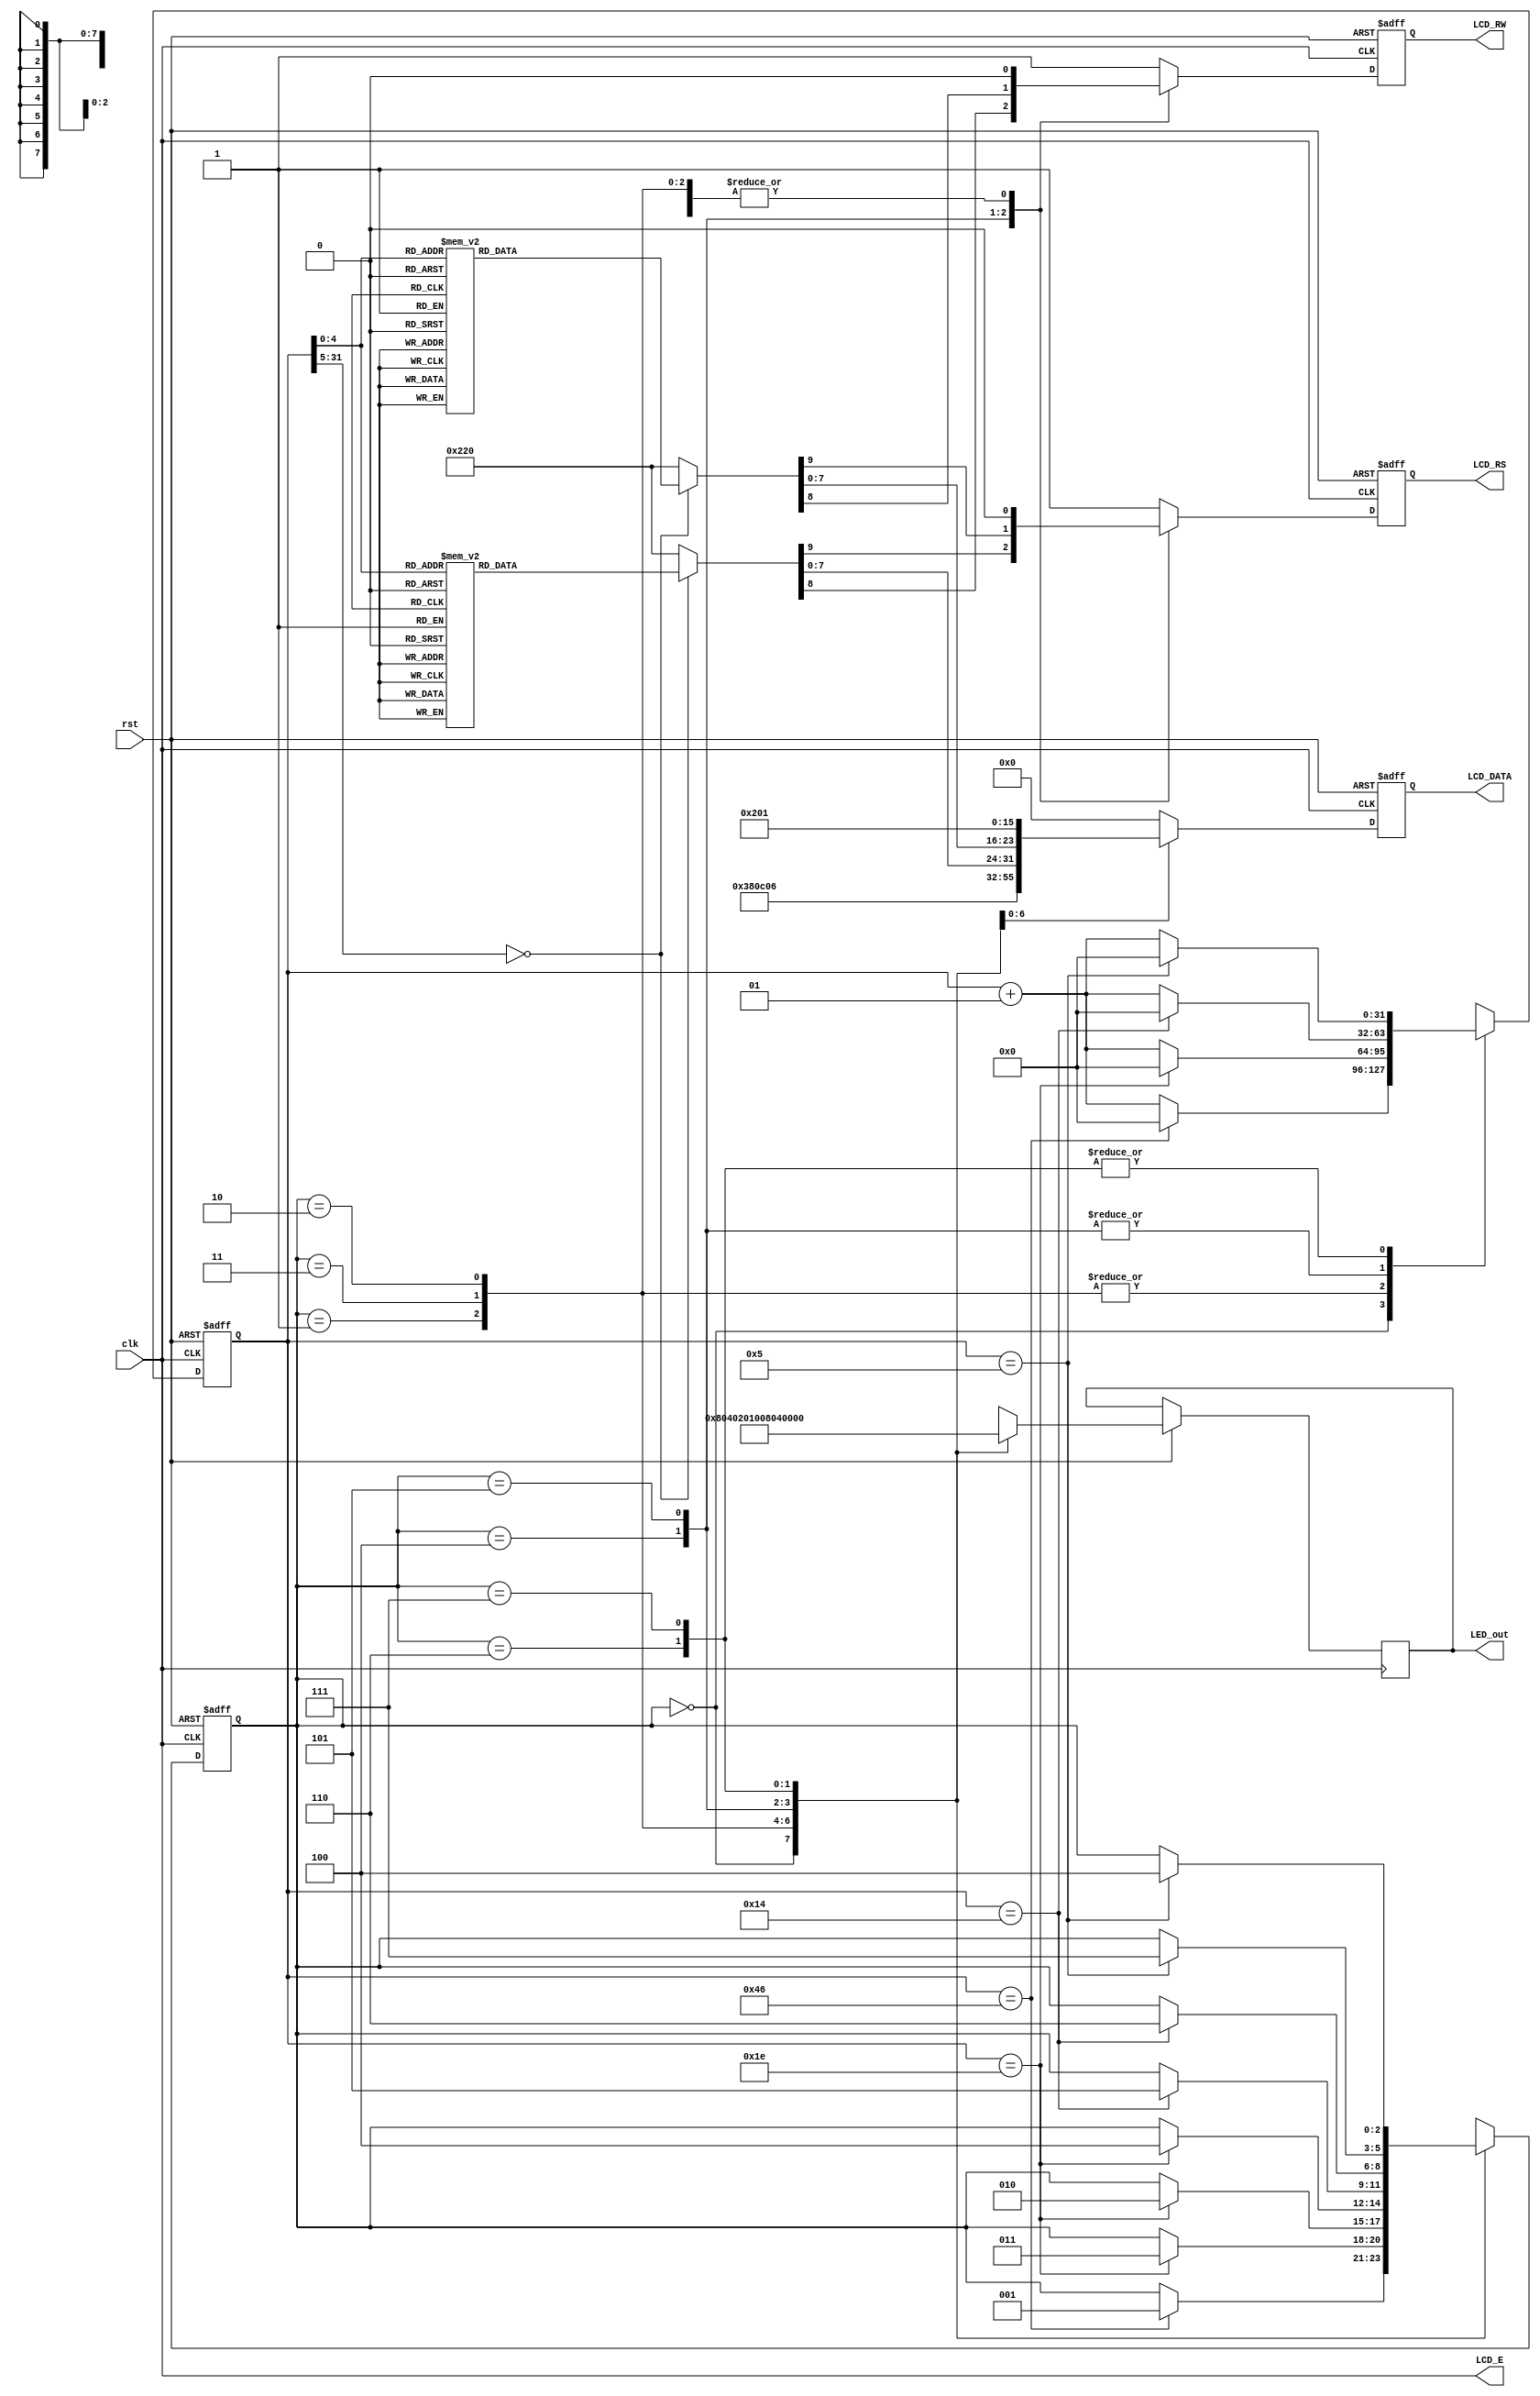
module text_LCD_basic(rst, clk, LCD_E, LCD_RS, LCD_RW, LCD_DATA, LED_out);

input rst, clk;

output LCD_E, LCD_RS, LCD_RW;
output reg[7:0] LCD_DATA;
output reg[7:0] LED_out;

wire LCD_E;
reg LCD_RS, LCD_RW;

reg [2:0] state;
parameter DELAY = 3'b000;
parameter FUNCTION_SET = 3'b001;
parameter ENTRY_MODE   = 3'b010;
parameter DISP_ONOFF   = 3'b011;
parameter LINE1        = 3'b100;
parameter LINE2        = 3'b101; 
parameter DELAY_T      = 3'b110; 
parameter CLEAR_DISP   = 3'b111;
          
integer cnt;
//integer n;

always @(posedge clk or negedge rst)
begin
    if(!rst)
        {state, cnt} = {DELAY, 0};
       
    else begin
        case(state)
            DELAY : begin
                LED_out = 8'b1000_0000;
                if(cnt == 70) {state, cnt} = {FUNCTION_SET, 0};
                else cnt = cnt + 1;
            end
            FUNCTION_SET : begin
                LED_out = 8'b0100_0000;
                if(cnt == 30) {state, cnt} = {DISP_ONOFF, 0};
                else cnt = cnt + 1;
            end
            DISP_ONOFF : begin
                LED_out = 8'b0010_0000;
                if(cnt == 30) {state, cnt} = {ENTRY_MODE, 0};
                else cnt = cnt + 1;
            end
            ENTRY_MODE : begin
                LED_out = 8'b0001_0000;
                if(cnt == 30) {state, cnt} = {LINE1, 0};
                else cnt = cnt + 1;
            end
            LINE1 : begin
                LED_out = 8'b0000_1000;
                if(cnt == 20) {state, cnt} = {LINE2, 0};
                else cnt = cnt + 1;
            end
            LINE2 : begin
                LED_out = 8'b0000_0100;
                if(cnt == 20) {state, cnt} = {DELAY_T, 0};
                else cnt = cnt + 1;
            end
            DELAY_T : begin
                LED_out = 8'b0000_0010;
                if(cnt == 5) {state, cnt} = {CLEAR_DISP, 0};
                else cnt = cnt + 1;
            end
            CLEAR_DISP : begin
                LED_out = 8'b0000_0001;
                if(cnt == 5) {state, cnt} = {LINE1, 0};
                else cnt = cnt + 1;
            end
            default : state = DELAY;
         endcase
     end
  end
  
//  always @(posedge clk or negedge rst)
//  begin
//    if(!rst)
//        cnt = 0;
//    else begin
//        case(state)
//            DELAY : 
//                if(cnt >= 70) cnt = 0;
//                else cnt = cnt + 1;
//            FUNCTION_SET : 
//                if(cnt >= 30) cnt = 0;
//                else cnt = cnt + 1;    
//            DISP_ONOFF : 
//                if(cnt >= 30) cnt = 0;
//                else cnt = cnt + 1;
//            ENTRY_MODE : 
//                if(cnt >= 30) cnt = 0;
//                else cnt = cnt + 1;    
//            LINE1 : 
//                if(cnt >= 20) cnt = 0;
//                else cnt = cnt + 1;
//            LINE2 : 
//                if(cnt >= 20) cnt = 0;
//                else cnt = cnt + 1;
//            DELAY_T : 
//                if(cnt >= 5) cnt = 0;
//                else cnt = cnt + 1;
//            CLEAR_DISP : 
//                if(cnt >= 5) cnt = 0;
//                else cnt = cnt + 1;
//            default : state = DELAY;
//         endcase
//      end
//   end
   
always @(posedge clk or negedge rst)
begin
    if(!rst)
        {LCD_RS, LCD_RW, LCD_DATA} = 10'b1_1_00000000;
    else begin
        case(state)
            FUNCTION_SET : 
                {LCD_RS, LCD_RW, LCD_DATA} = 10'b0_0_0011_1000;
            DISP_ONOFF :
                {LCD_RS, LCD_RW, LCD_DATA} = 10'b0_0_0000_1100;
            ENTRY_MODE :
                {LCD_RS, LCD_RW, LCD_DATA} = 10'b0_0_0000_0110;
                
            LINE1 :
                begin
                    case(cnt)
            00 : {LCD_RS, LCD_RW, LCD_DATA} = 10'b0_0_1000_0011;           
            01 : {LCD_RS, LCD_RW, LCD_DATA} = 10'b1_0_0010_0000;
            02 : {LCD_RS, LCD_RW, LCD_DATA} = 10'b1_0_0100_1000; // H
            03 : {LCD_RS, LCD_RW, LCD_DATA} = 10'b1_0_0100_0101; // E
            04 : {LCD_RS, LCD_RW, LCD_DATA} = 10'b1_0_0100_1100; // L
            05 : {LCD_RS, LCD_RW, LCD_DATA} = 10'b1_0_0100_1100; // L
            06 : {LCD_RS, LCD_RW, LCD_DATA} = 10'b1_0_0100_1111; // O
            07 : {LCD_RS, LCD_RW, LCD_DATA} = 10'b1_0_0010_0000;
            08 : {LCD_RS, LCD_RW, LCD_DATA} = 10'b1_0_0101_0111; // W
            09 : {LCD_RS, LCD_RW, LCD_DATA} = 10'b1_0_0100_1111; // O
            10 : {LCD_RS, LCD_RW, LCD_DATA} = 10'b1_0_0101_0010; // R
            11 : {LCD_RS, LCD_RW, LCD_DATA} = 10'b1_0_0100_1100; // L
            12 : {LCD_RS, LCD_RW, LCD_DATA} = 10'b1_0_0100_0100; // D
            13 : {LCD_RS, LCD_RW, LCD_DATA} = 10'b1_0_0010_0001; // !
            14 : {LCD_RS, LCD_RW, LCD_DATA} = 10'b1_0_0010_0000;
            15 : {LCD_RS, LCD_RW, LCD_DATA} = 10'b1_0_0010_0000;
            16 : {LCD_RS, LCD_RW, LCD_DATA} = 10'b1_0_0010_0000;
            default : {LCD_RS, LCD_RW, LCD_DATA} = 10'b1_0_0010_0000;
         endcase
     end
     
            LINE2 :
            begin
                    case(cnt)
            00 : {LCD_RS, LCD_RW, LCD_DATA} = 10'b0_0_1100_0011;
            01 : {LCD_RS, LCD_RW, LCD_DATA} = 10'b1_0_0011_0010; // 2
            02 : {LCD_RS, LCD_RW, LCD_DATA} = 10'b1_0_0011_0000; // 0
            03 : {LCD_RS, LCD_RW, LCD_DATA} = 10'b1_0_0011_0010; // 2
            04 : {LCD_RS, LCD_RW, LCD_DATA} = 10'b1_0_0011_0000; // 0
            05 : {LCD_RS, LCD_RW, LCD_DATA} = 10'b1_0_0011_0100; // 4
            06 : {LCD_RS, LCD_RW, LCD_DATA} = 10'b1_0_0011_0100; // 4
            07 : {LCD_RS, LCD_RW, LCD_DATA} = 10'b1_0_0011_0000; // 0
            08 : {LCD_RS, LCD_RW, LCD_DATA} = 10'b1_0_0011_0000; // 0
            09 : {LCD_RS, LCD_RW, LCD_DATA} = 10'b1_0_0011_0011; // 3
            10 : {LCD_RS, LCD_RW, LCD_DATA} = 10'b1_0_0011_0010; // 2
            11 : {LCD_RS, LCD_RW, LCD_DATA} = 10'b1_0_0010_0000;
            12 : {LCD_RS, LCD_RW, LCD_DATA} = 10'b1_0_0010_0000;
            13 : {LCD_RS, LCD_RW, LCD_DATA} = 10'b1_0_0100_1011; // K
            14 : {LCD_RS, LCD_RW, LCD_DATA} = 10'b1_0_0100_1010; // J
            15 : {LCD_RS, LCD_RW, LCD_DATA} = 10'b1_0_0101_0111; // W
            16 : {LCD_RS, LCD_RW, LCD_DATA} = 10'b1_0_0010_0000;
            default : {LCD_RS, LCD_RW, LCD_DATA} = 10'b1_0_0010_0000;
         endcase
     end
            
            DELAY_T : 
                {LCD_RS, LCD_RW, LCD_DATA} = 10'b0_0_0000_0010;
            CLEAR_DISP :
                {LCD_RS, LCD_RW, LCD_DATA} = 10'b0_0_0000_0001;
            default :
                {LCD_RS, LCD_RW, LCD_DATA} = 10'b1_1_0000_0000;
         endcase
      end
   end
  
  assign LCD_E = clk;
  
  endmodule